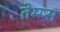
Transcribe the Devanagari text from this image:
तेम्प्स